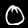
Label: 0